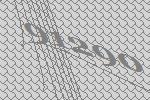
91290